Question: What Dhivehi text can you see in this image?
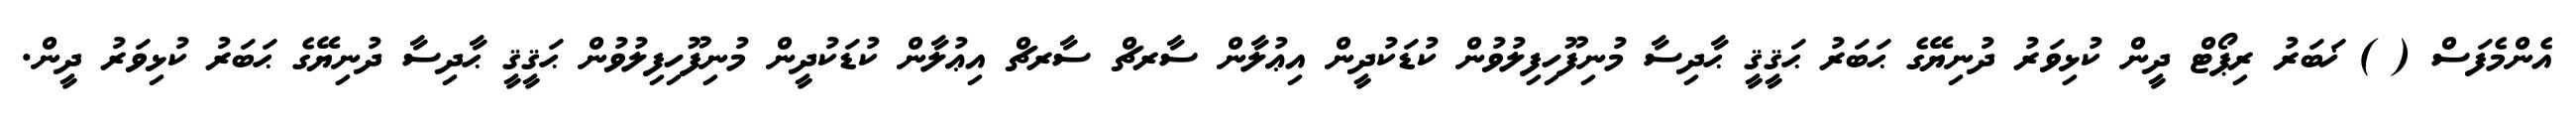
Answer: އެންމެފަސް ( ) ޚަބަރު ރިޕޯޓް ދީން ކުޅިވަރު ދުނިޔޭގެ ޙަބަރު ޙަޤީޤީ ޙާދިސާ މުނިފޫހިފިލުވުން ކުޑަކުދީން އިޢުލާން ސާރޗް ސާރޗް އިޢުލާން ކުޑަކުދީން މުނިފޫހިފިލުވުން ޙަޤީޤީ ޙާދިސާ ދުނިޔޭގެ ޙަބަރު ކުޅިވަރު ދީން.